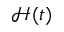
\mathcal H ( t )